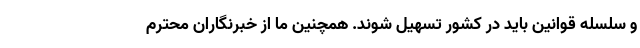
و سلسله قوانین باید در کشور تسهیل شوند. همچنین ما از خبرنگاران محترم